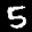
Label: 5